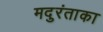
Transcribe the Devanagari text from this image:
मदुरंताका